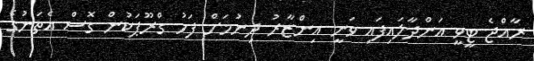
ރާއްޖެ ޓީވީ އަންދާލައިފައި ވަނީ އިންޒާރު ދިނުމަށް ފަހު ގްރޫޕަކުން ގޮސް އެތަނުގެ